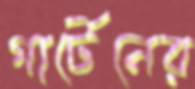
গার্টেনের